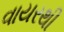
વાયરથી